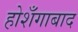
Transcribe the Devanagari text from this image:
होशँगाबाद